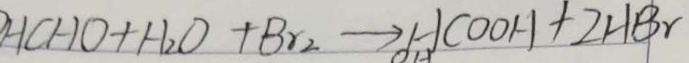
H C H O + H _ { 2 } O + B r _ { 2 } \rightarrow H C O O H + 2 H B r